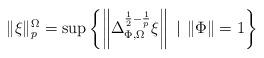
LaTeX: \begin{align*}\|\xi\|_p^\Omega=\sup\left\{\left\|\Delta_{\Phi, \Omega}^{\frac{1}{2}-\frac{1}{p}}\xi\right\| \ | \ \|\Phi\|=1 \right\}\end{align*}